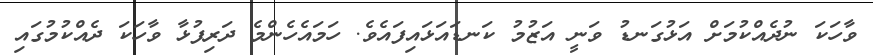
ވާހަކަ ނުދެއްކުމަށް އަޅުގަނޑު ވަނީ އަޒުމު ކަނޑައަޅައިފައެވެ. ހަމައެހެންމެ ދަރިފުޅާ ވާހަކަ ދެއްކުމުގައި